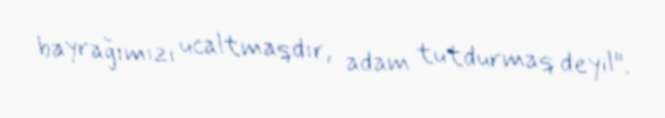
bayrağımızı ucaltmaqdır, adam tutdurmaq deyil".